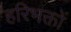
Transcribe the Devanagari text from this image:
हरिभक्तों